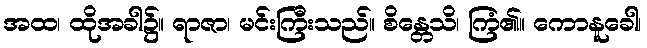
အထ၊ ထိုအခါ၌။ ရာဇာ၊ မင်းကြီးသည်။ စိန္တေသိ၊ ကြံ၏။ ကောနူခေါ၊